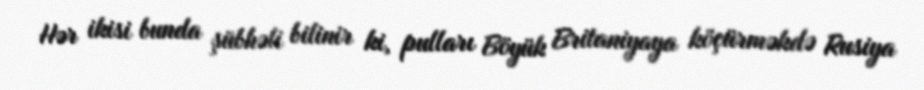
Hər ikisi bunda şübhəli bilinir ki, pulları Böyük Britaniyaya köçürməkdə Rusiya